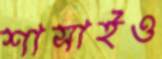
শাসাইও